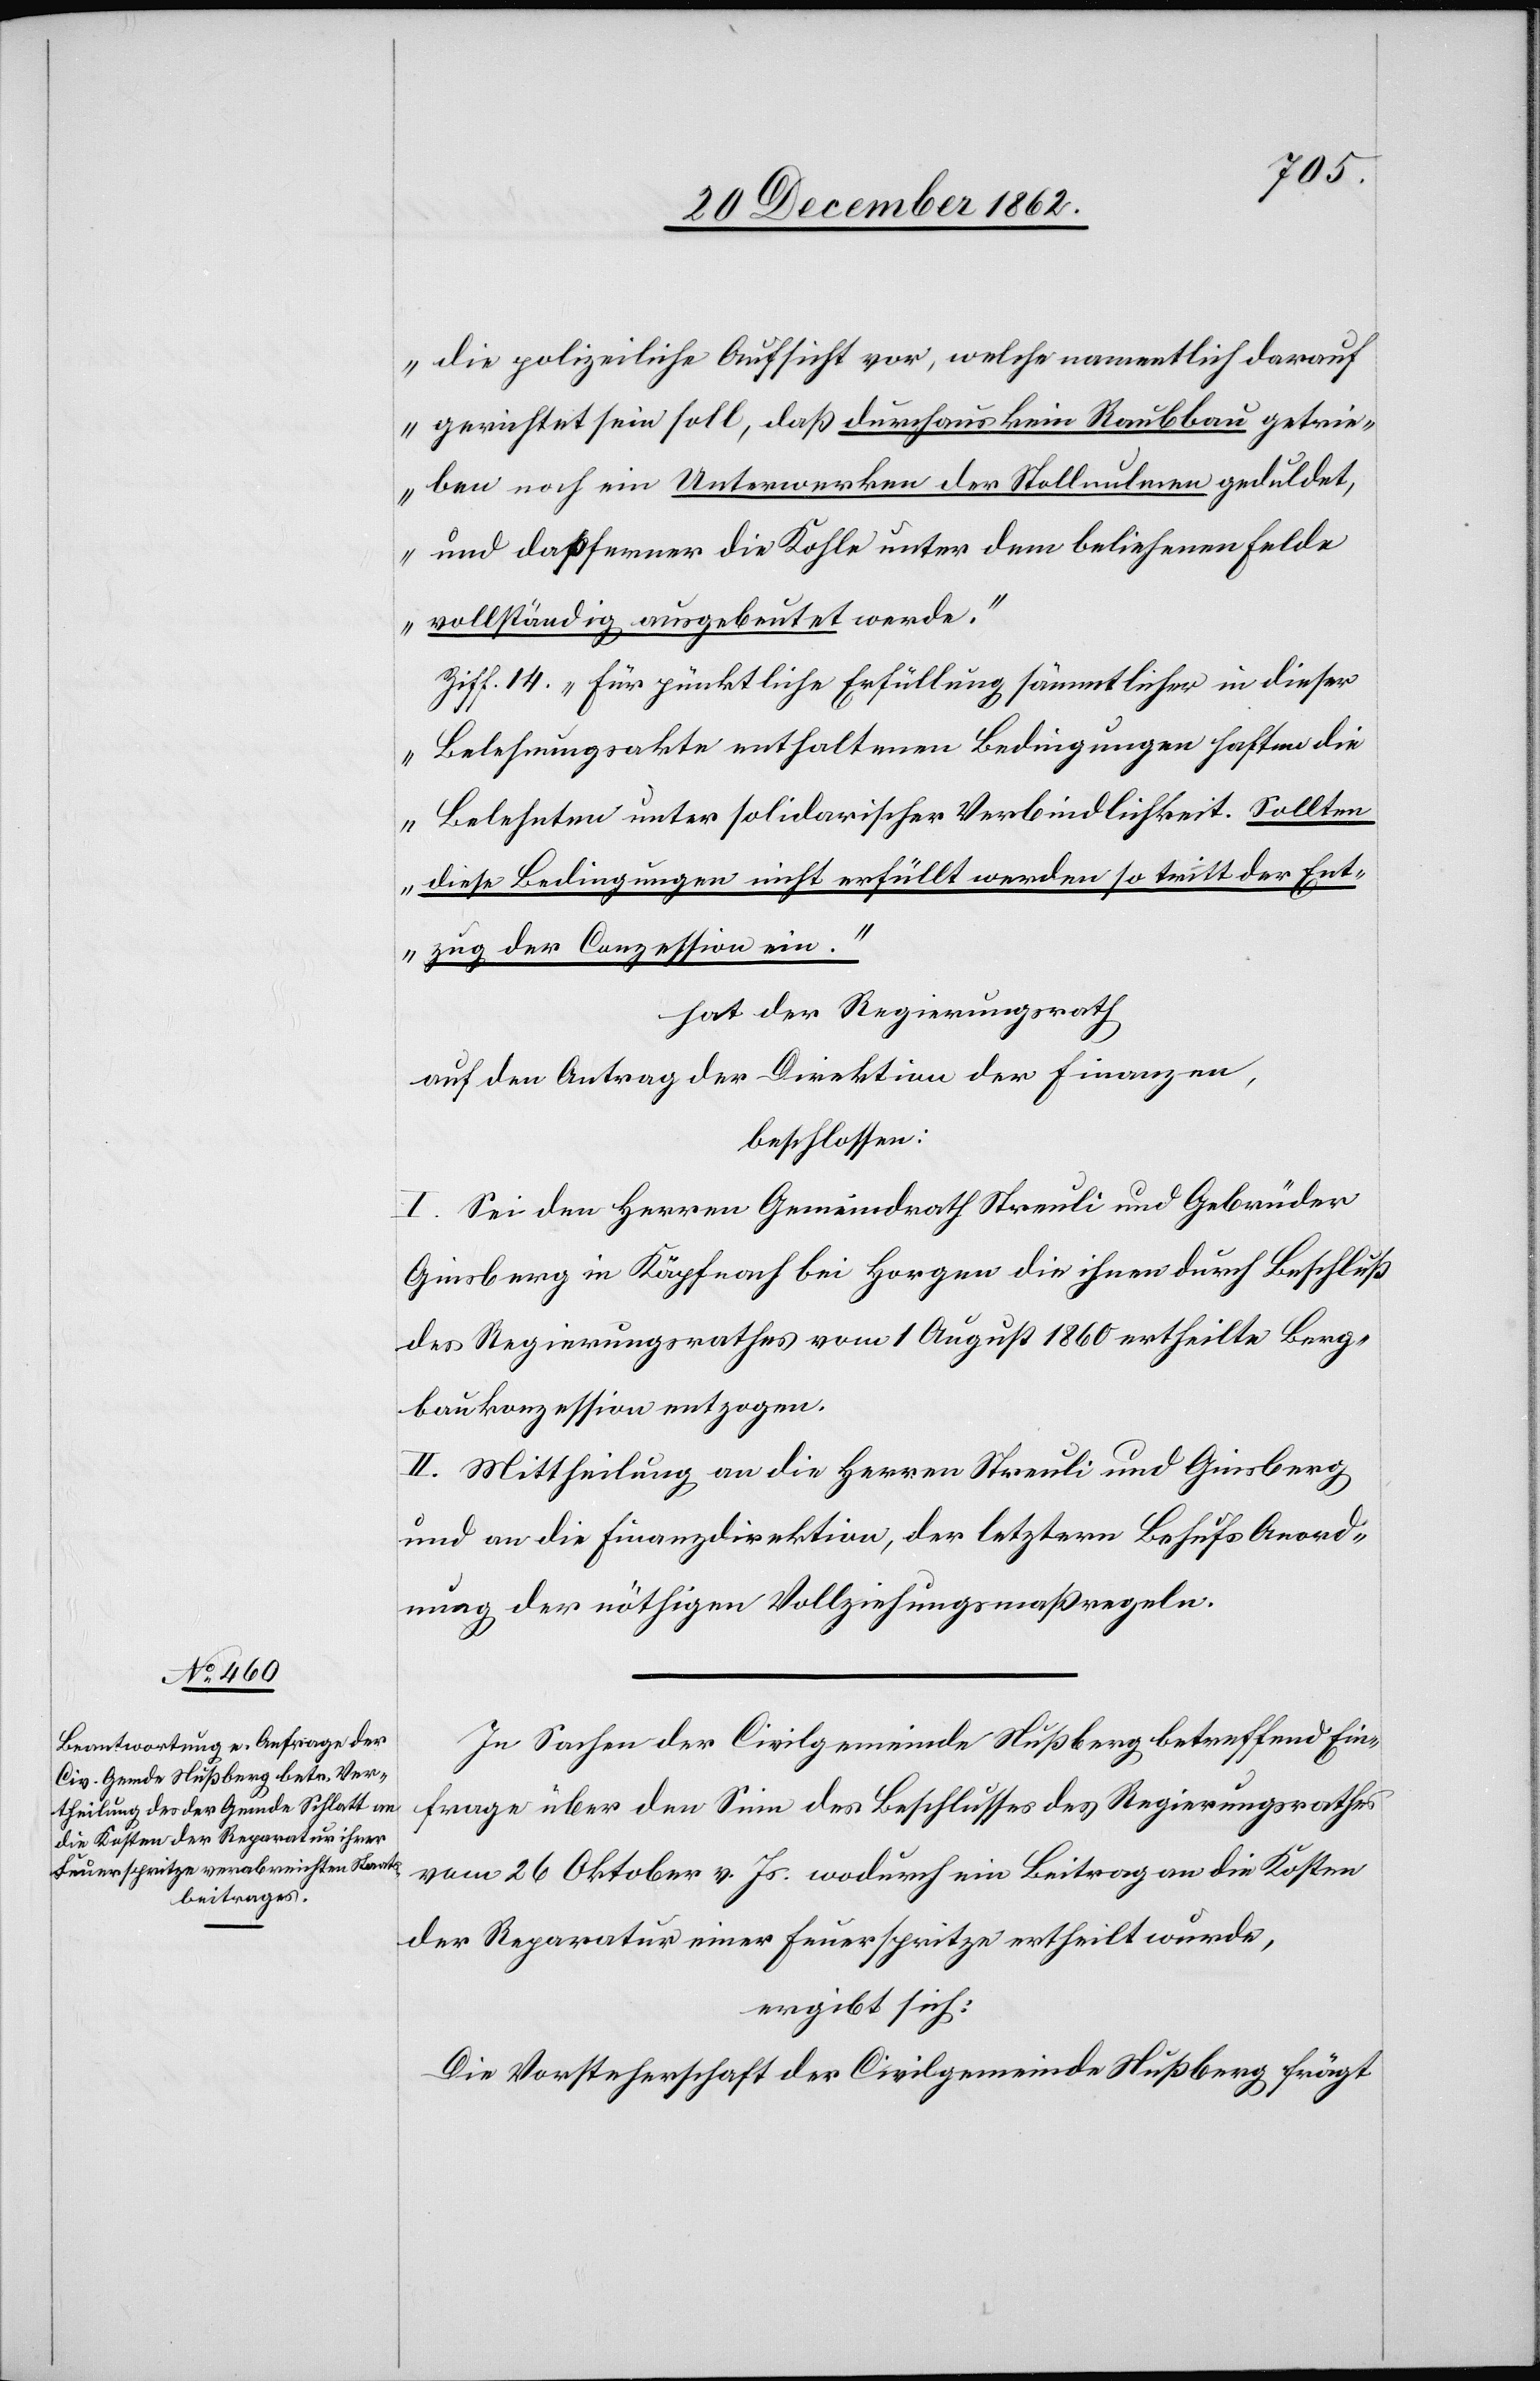
die polizeiliche Aufsicht vor, welche namentlich darauf
gerichtet sein soll, daß durchaus kein Raubbau getrie¬
ben noch ein Unterwerken der Stollnulmen geduldet,
und das ferner die Kohle unter dem beliehnem Felde
vollständig ausgebeutet werde.“
Ziff 14. „Für pünktliche Erfüllung sämmtlicher in dieser
Belehnungsakte enthaltenen Bedingungen haften die
Belehnten unter solidarischer Verbindlichkeit. Sollten
diese Bedingungen nicht erfüllt werden so tritt der Ent¬
zug der Conzession ein.“
hat der Regierungsrath
auf den Antrag der Direktion der Finanzen,
beschlossen:
I. Sei dem Herren Gemeindrath Streuli und Gebrüder
Ginsberg in Käpfnach bei Horgen die ihnen durch Beschluß
des Regierungsrathes vom 1. August 1860 ertheilte Berg¬
baukonzession entzogen.
II. Mittheilung an die Herren Streuli und Ginsberg,
und an die Finanzdirektion, der letztern Behufs Anord¬
nung der nöthigen Vollziehungsmaßregeln.
In Sachen der Civilgemeinde Nußberg betreffend Ein¬
frage über den Sinn des Beschlusses des Regierungsrathes
vom 26. Oktober v. Js. wodurch ein Beitrag an die Kosten
der Reparatur einer Feuerspritze ertheilt wurde,
ergibt sich:
Die Vorsteherschaft der Civilgemeinde Nußberg frägt